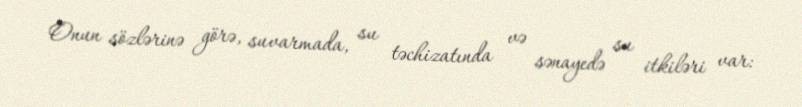
Onun sözlərinə görə, suvarmada, su təchizatında və sənayedə su itkiləri var: